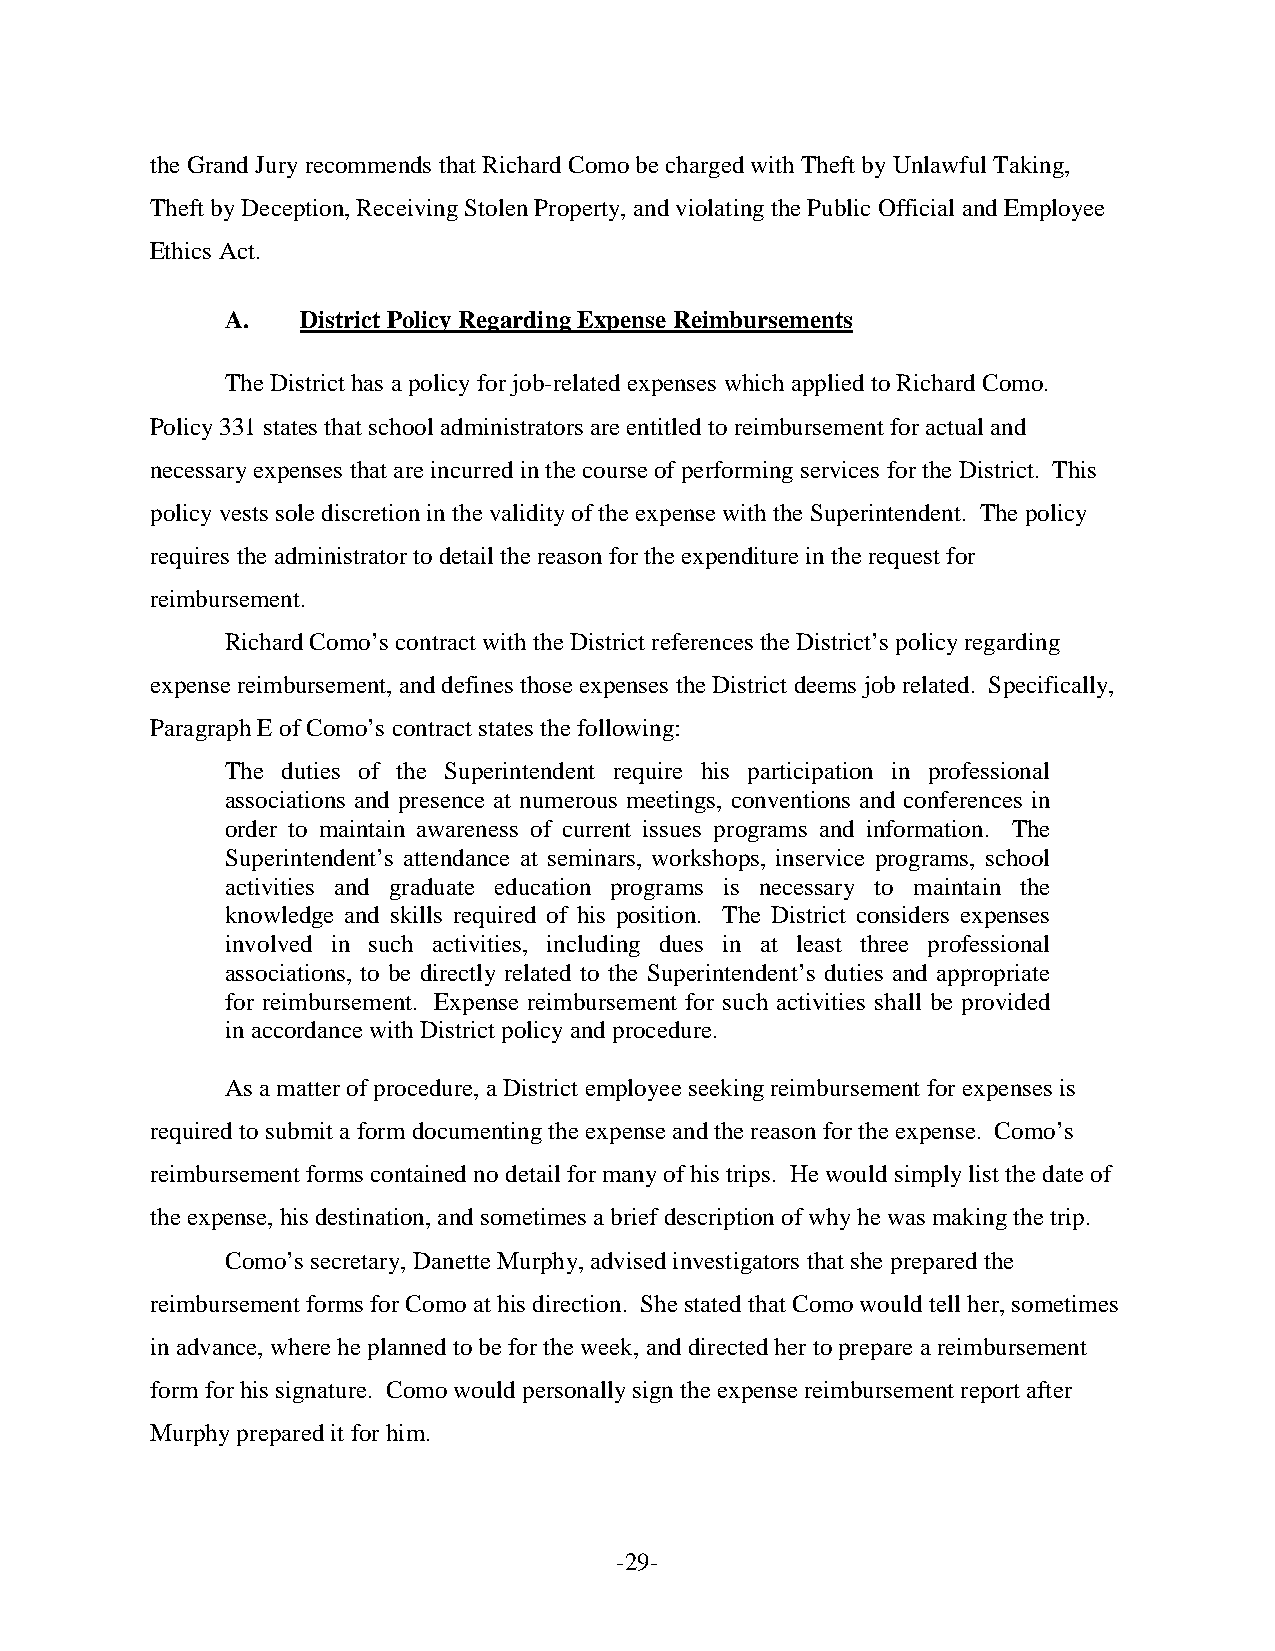
the Grand Jury recommends that Richard Como be charged with Theft by Unlawful Taking,
 Theft by Deception, Receiving Stolen Property, and violating the Public Official and Employee
 Ethics Act.
 A.   District Policy Regarding Expense Reimbursements
 The District has a policy for job-related expenses which applied to Richard Como.
 Policy 331 states that school administrators are entitled to reimbursement for actual and
 necessary expenses that are incurred in the course of performing services for the District. This
 policy vests sole discretion in the validity of the expense with the Superintendent. The policy
 requires the administrator to detail the reason for the expenditure in the request for
 reimbursement.
 Richard Como’s contract with the District references the District’s policy regarding
 expense reimbursement, and defines those expenses the District deems job related. Specifically,
 Paragraph E of Como’s contract states the following:
 The duties of the Superintendent require his participation in professional
 associations and presence at numerous meetings, conventions and conferences in
 order to maintain awareness of current issues programs and information. The
 Superintendent’s attendance at seminars, workshops, inservice programs, school
 activities and graduate education programs is necessary to maintain the
 knowledge and skills required of his position. The District considers expenses
 involved in such activities, including dues in at least three professional
 associations, to be directly related to the Superintendent’s duties and appropriate
 for reimbursement. Expense reimbursement for such activities shall be provided
 in accordance with District policy and procedure.
 As a matter of procedure, a District employee seeking reimbursement for expenses is
 required to submit a form documenting the expense and the reason for the expense. Como’s
 reimbursement forms contained no detail for many of his trips. He would simply list the date of
 the expense, his destination, and sometimes a brief description of why he was making the trip.
 Como’s secretary, Danette Murphy, advised investigators that she prepared the
 reimbursement forms for Como at his direction. She stated that Como would tell her, sometimes
 in advance, where he planned to be for the week, and directed her to prepare a reimbursement
 form for his signature. Como would personally sign the expense reimbursement report after
 Murphy prepared it for him.
 -29-